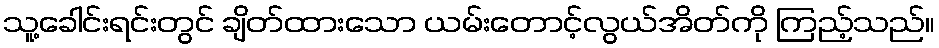
သူ့ခေါင်းရင်းတွင် ချိတ်ထားသော ယမ်းတောင့်လွယ်အိတ်ကို ကြည့်သည်။